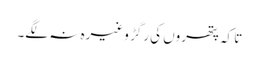
تا کہ پتھروں کی رگڑ وغیرہ نہ لگے۔